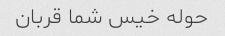
حوله خیس شما قربان